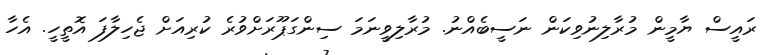
ރައީސް ޔާމީން މުރާލިނުވިކަން ނަސީބެއްނު. މުރާލިވީނަމަ ސިންގަޕޫރަށްވުރެ ކުރިއަށް ޖެހިލާފަ އޮތީހީ. އެހާ